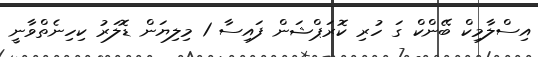
އިސްލާމިކް ބޭންކް ގަ ހުރި ކޮރަޕްޝަން ފައިސާ 1 މިލިޔަން ޑޮލަރު ކިހިނެތްވާނީ